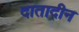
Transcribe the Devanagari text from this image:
दातादीन